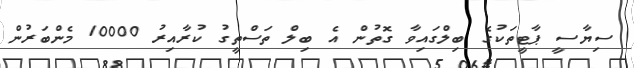
ސިޔާސީ ޕާޓީތަކުގެ ބިލްގައިވާ ގޮތުން އެ ބިލް ތަސްތީގު ކުރާއިރު 10000 މެންބަރުން